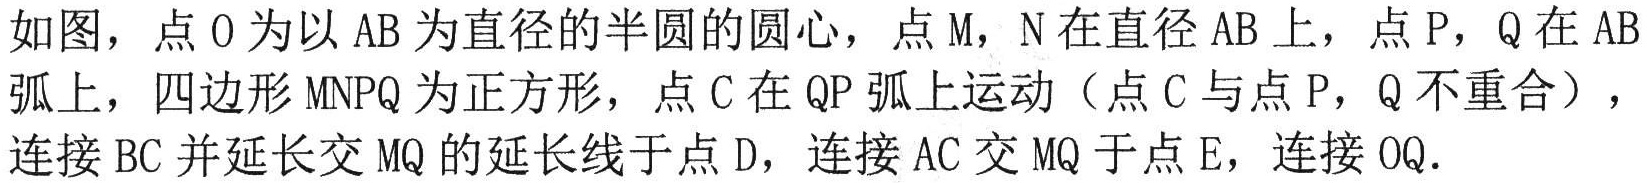
如图，点\(O\)为以\(AB\)为直径的半圆的圆心，点\(M\)，\(N\)在直径\(AB\)上，点\(P\)，\(Q\)在\(\overset{\frown}{AB}\)上，四边形\(MNPQ\)为正方形，点\(C\)在\(\overset{\frown}{QP}\)上运动（点\(C\)与点\(P\)，\(Q\)不重合），连接\(BC\)并延长交\(MQ\)的延长线于点\(D\)，连接\(AC\)交\(MQ\)于点\(E\)，连接\(OQ\)。